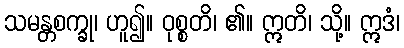
သမန္တစက္ခု၊ ဟူ၍။ ဝုစ္စတိ၊ ၏။ ဣတိ၊ သို့။ ဣဒံ၊